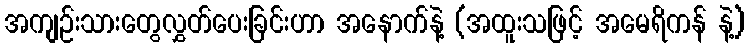
အကျဉ်းသားတွေလွှတ်ပေးခြင်းဟာ အနောက်နဲ့ (အထူးသဖြင့် အမေရိကန် နဲ့)